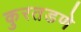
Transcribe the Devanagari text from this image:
कुरतडणे